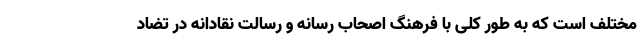
مختلف است که به طور کلی با فرهنگ اصحاب رسانه و رسالت نقادانه در تضاد